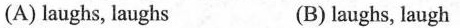
(A) laughs,laughs (B) laughs,laugh